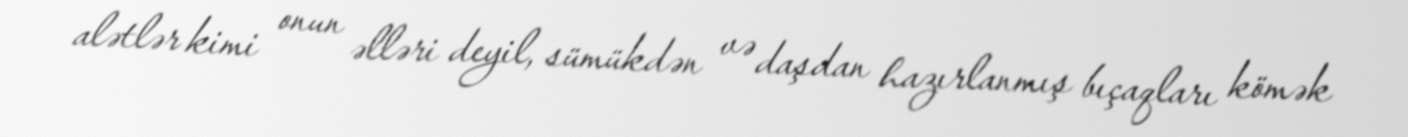
alətlər kimi onun əlləri deyil, sümükdən və daşdan hazırlanmış bıçaqları kömək